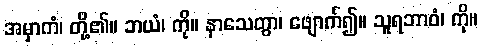
အမှာကံ၊ တို့၏။ ဘယံ၊ ကို။ နာသေတွာ၊ ဖျောက်၍။ သူရဘာဝံ၊ ကို။